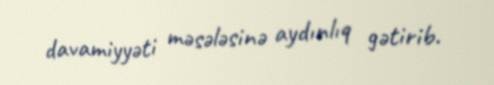
davamiyyəti məsələsinə aydınlıq gətirib.